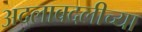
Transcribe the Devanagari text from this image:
अदलाबदलीच्या